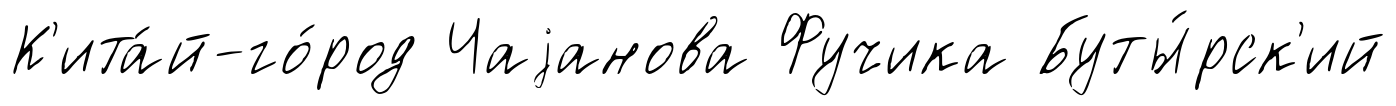
К'ита́й-го́род Чаjанова Фучика Буты́рск'ий